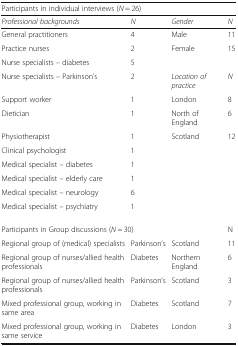
| <COLSPAN=4> Participants in individual interviews (N = 26) |
 | Professional backgrounds | N | Gender | N |
 | --- | --- | --- | --- |
 | General practitioners | 4 | Male | 11 |
 | Practice nurses | 2 | Female | 15 |
 | Nurse specialists – diabetes | 5 | <COLSPAN=2>  |
 | Nurse specialists – Parkinson’s | 2 | Location of practice | N |
 | Support worker | 1 | London | 8 |
 | Dietician | 1 | North of England | 6 |
 | Physiotherapist | 1 | Scotland | 12 |
 | Clinical psychologist | 1 |  |  |
 | Medical specialist – diabetes | 1 |  |  |
 | Medical specialist – elderly care | 1 |  |  |
 | Medical specialist – neurology | 6 |  |  |
 | Medical specialist – psychiatry | 1 |  |  |
 | <COLSPAN=3> Participants in Group discussions (N = 30) | N |
 | Regional group of (medical) specialists | Parkinson’s | Scotland | 11 |
 | Regional group of nurses/allied health professionals | Diabetes | Northern England | 6 |
 | Regional group of nurses/allied health professionals | Parkinson’s | Scotland | 3 |
 | Mixed professional group, working in same area | Diabetes | Scotland | 7 |
 | Mixed professional group, working in same service | Diabetes | London | 3 |